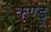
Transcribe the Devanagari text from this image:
कण्डु